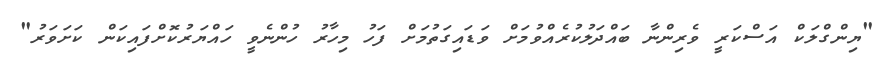
"ޔިންގްލަކް އަސްކަރީ ވެރިންނާ ބައްދަލުކުރެއްވުމަށް ވަޑައިގަތުމަށް ފަހު މިހާރު ހުންނެވީ ހައްޔަރުކޮށްފައިކަން ކަށަވަރު"